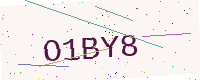
Text: O1BY8